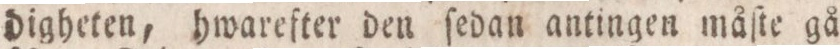
digheten, hwarefter den ſedan antingen måſte gå